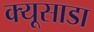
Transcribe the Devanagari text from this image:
क्यूसाडा